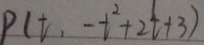
P ( t , - t ^ { 2 } + 2 t + 3 )